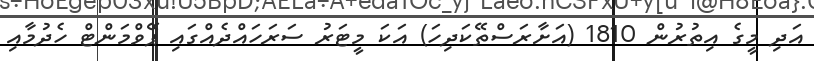
އަދި މީގެ އިތުރުން 1810 (އަށާރަސްތޭކަދިހަ) އަކަ މީޓަރު ސަރަހައްދެއްގައި ޕޭވްމަންޓް ހެދުމާއި